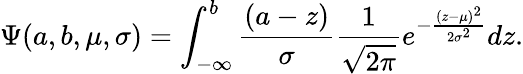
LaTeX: \Psi(a,b,\mu,\sigma)=\int_{-\infty}^{b}\frac{(a-z)}{\sigma}\frac{1}{\sqrt{2\pi}}e^{-\frac{(z-\mu)^{2}}{2\sigma^{2}}}dz.